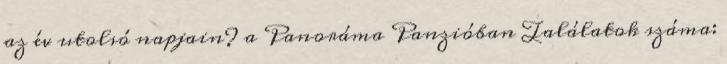
az év utolsó napjain? a Panoráma Panzióban Találatok száma: